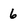
Character: 6